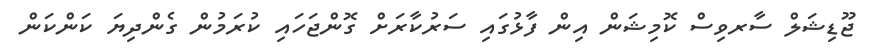
ޖޫޑިޝަލް ސާރވިސް ކޮމިޝަން އިން ފާޅުގައި ސަރުކާރަށް ގޮންޖަހައި ކުރަމުން ގެންދިޔަ ކަންކަން